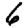
Digit: 6